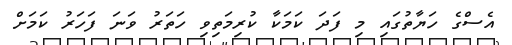
އެސްގެ ހަޔާތުގައި މި ފަދަ ކަމަކާ ކުރިމަތިވި ހަތަރު ވަނަ ފަހަރު ކަމަށް